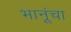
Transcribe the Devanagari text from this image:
भानूंचा